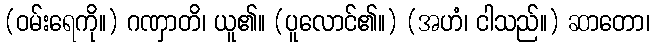
(ဝမ်းရေကို။) ဂဏှာတိ၊ ယူ၏။ (ပူလောင်၏။) (အဟံ၊ ငါသည်။) ဆာတော၊